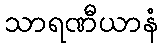
သာရဏီယာနံ